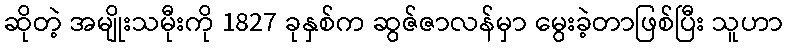
ဆိုတဲ့ အမျိုးသမီုးကို 1827 ခုနှစ်က ဆွဇ်ဇာလန်မှာ မွေးခဲ့တာဖြစ်ပြီး သူဟာ